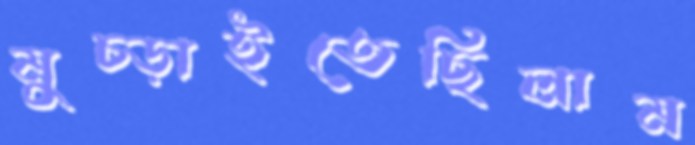
মুচ্‌ড়াইতেছিলাম